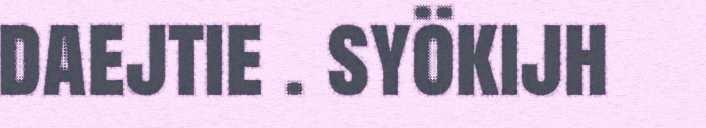
daejtie . syökijh